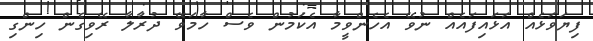
ފިޔަވަޅެއް އަޅައިފައެއް ނުވޭ އެހެންވީމާ އެކަމުން ވެސް ހާމަވޭ ދުރާލާ ރޭވިގެން ހިންގި